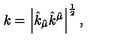
k = \left| \hat { k } _ { \hat { \mu } } \hat { k } ^ { \hat { \mu } } \right| ^ { \frac { 1 } { 2 } } ,